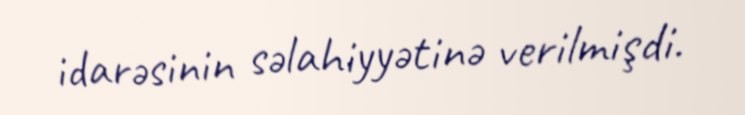
idarəsinin səlahiyyətinə verilmişdi.